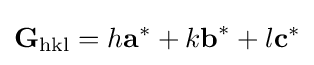
{\textbf {G}}_{\textrm {hkl}}=h{\textbf {a}}^{*}+k{\textbf {b}}^{*}+l{\textbf {c}}^{*}